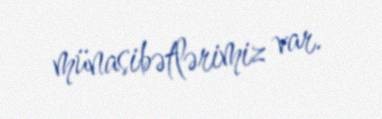
münasibətlərimiz var.